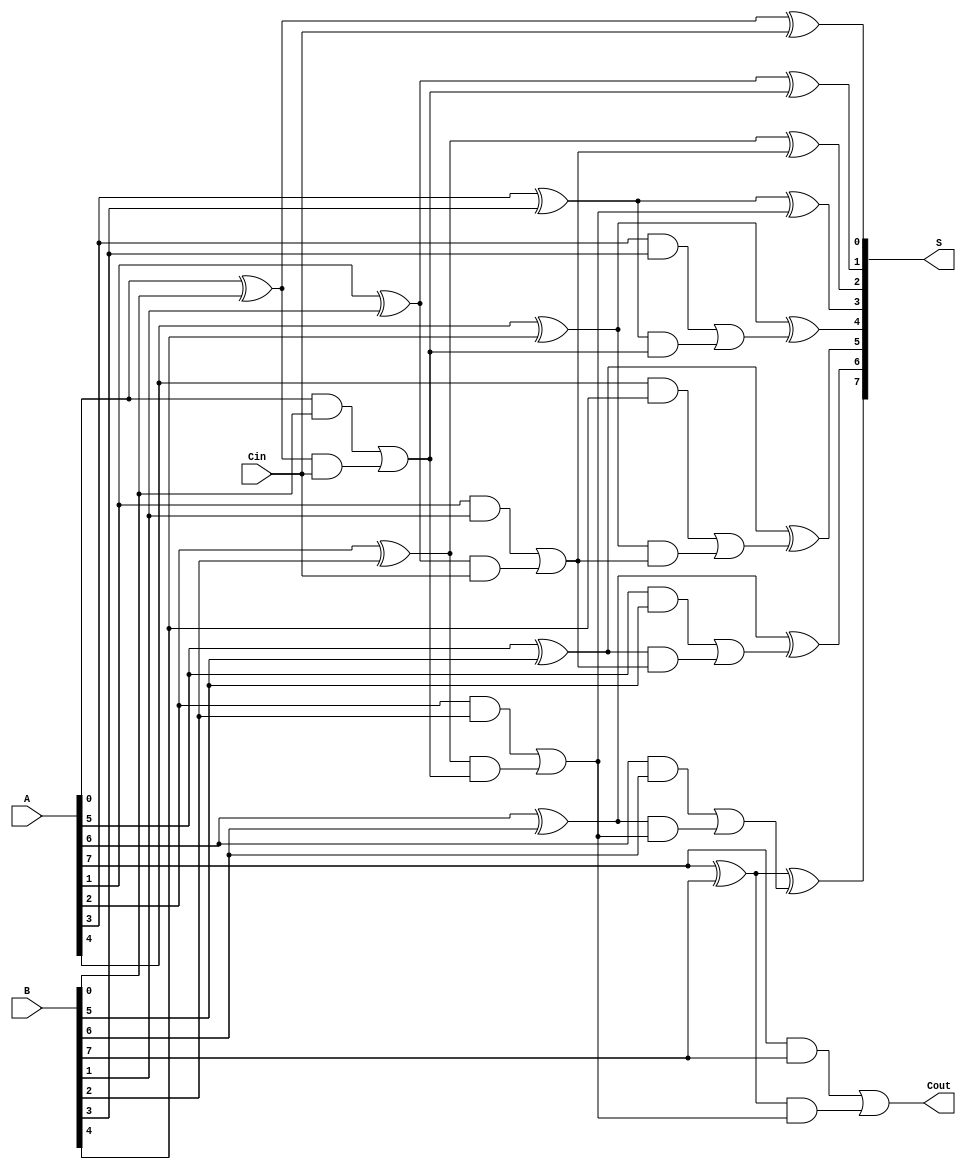
module SklanskyAdder #(parameter n = 8) (
    input [n-1:0] A,       // First n-bit input
    input [n-1:0] B,       // Second n-bit input
    input Cin,             // Input carry
    output [n-1:0] S,      // Output sum
    output Cout            // Output carry
);

// Generate and propagate signals
wire [n-1:0] G;
wire [n-1:0] P;
wire [n:0] C; // Carry signals including C[0]

// Generate and propagate calculations
genvar i;
generate
    for (i = 0; i < n; i = i + 1) begin: generate_propagate
        assign G[i] = A[i] & B[i];    // Generate
        assign P[i] = A[i] ^ B[i];    // Propagate
    end
endgenerate

// Initial carry
assign C[0] = Cin;

// Level 1 carry calculations
generate
    for (i = 0; i < n/2; i = i + 1) begin: level1
        assign C[i*2+1] = G[i*2] | (P[i*2] & C[i]);
        assign C[i*2+2] = G[i*2+1] | (P[i*2+1] & C[i]);
    end
endgenerate

// Level 2 carry calculations
generate
    for (i = 0; i < n/4; i = i + 1) begin: level2
        assign C[i*4+3] = G[i*4+2] | (P[i*4+2] & C[i*2+1]);
        assign C[i*4+4] = G[i*4+3] | (P[i*4+3] & C[i*2+1]);
    end
endgenerate

// Level 3 carry calculations (if n > 8)
generate
    if (n > 8) begin: level3
        for (i = 0; i < n/8; i = i + 1) begin: level3_gen
            assign C[i*8+7] = G[i*8+6] | (P[i*8+6] & C[i*4+3]);
            assign C[i*8+8] = G[i*8+7] | (P[i*8+7] & C[i*4+3]);
        end
    end
endgenerate

// Sum calculations
generate
    for (i = 0; i < n; i = i + 1) begin: sum
        assign S[i] = P[i] ^ C[i]; // Sum
    end
endgenerate

// Final carry out
assign Cout = C[n];

// End module
endmodule